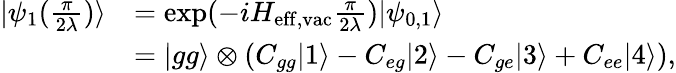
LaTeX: \begin{array}{rl}{|\psi_{1}(\frac{\pi}{2\lambda})\rangle}&{=\mathrm{exp}(-iH_{\mathrm{eff,vac}}\frac{\pi}{2\lambda})|\psi_{0,1}\rangle}\\ &{=|gg\rangle\otimes(C_{gg}|1\rangle-C_{eg}|2\rangle-C_{ge}|3\rangle+C_{ee}|4\rangle),}\end{array}